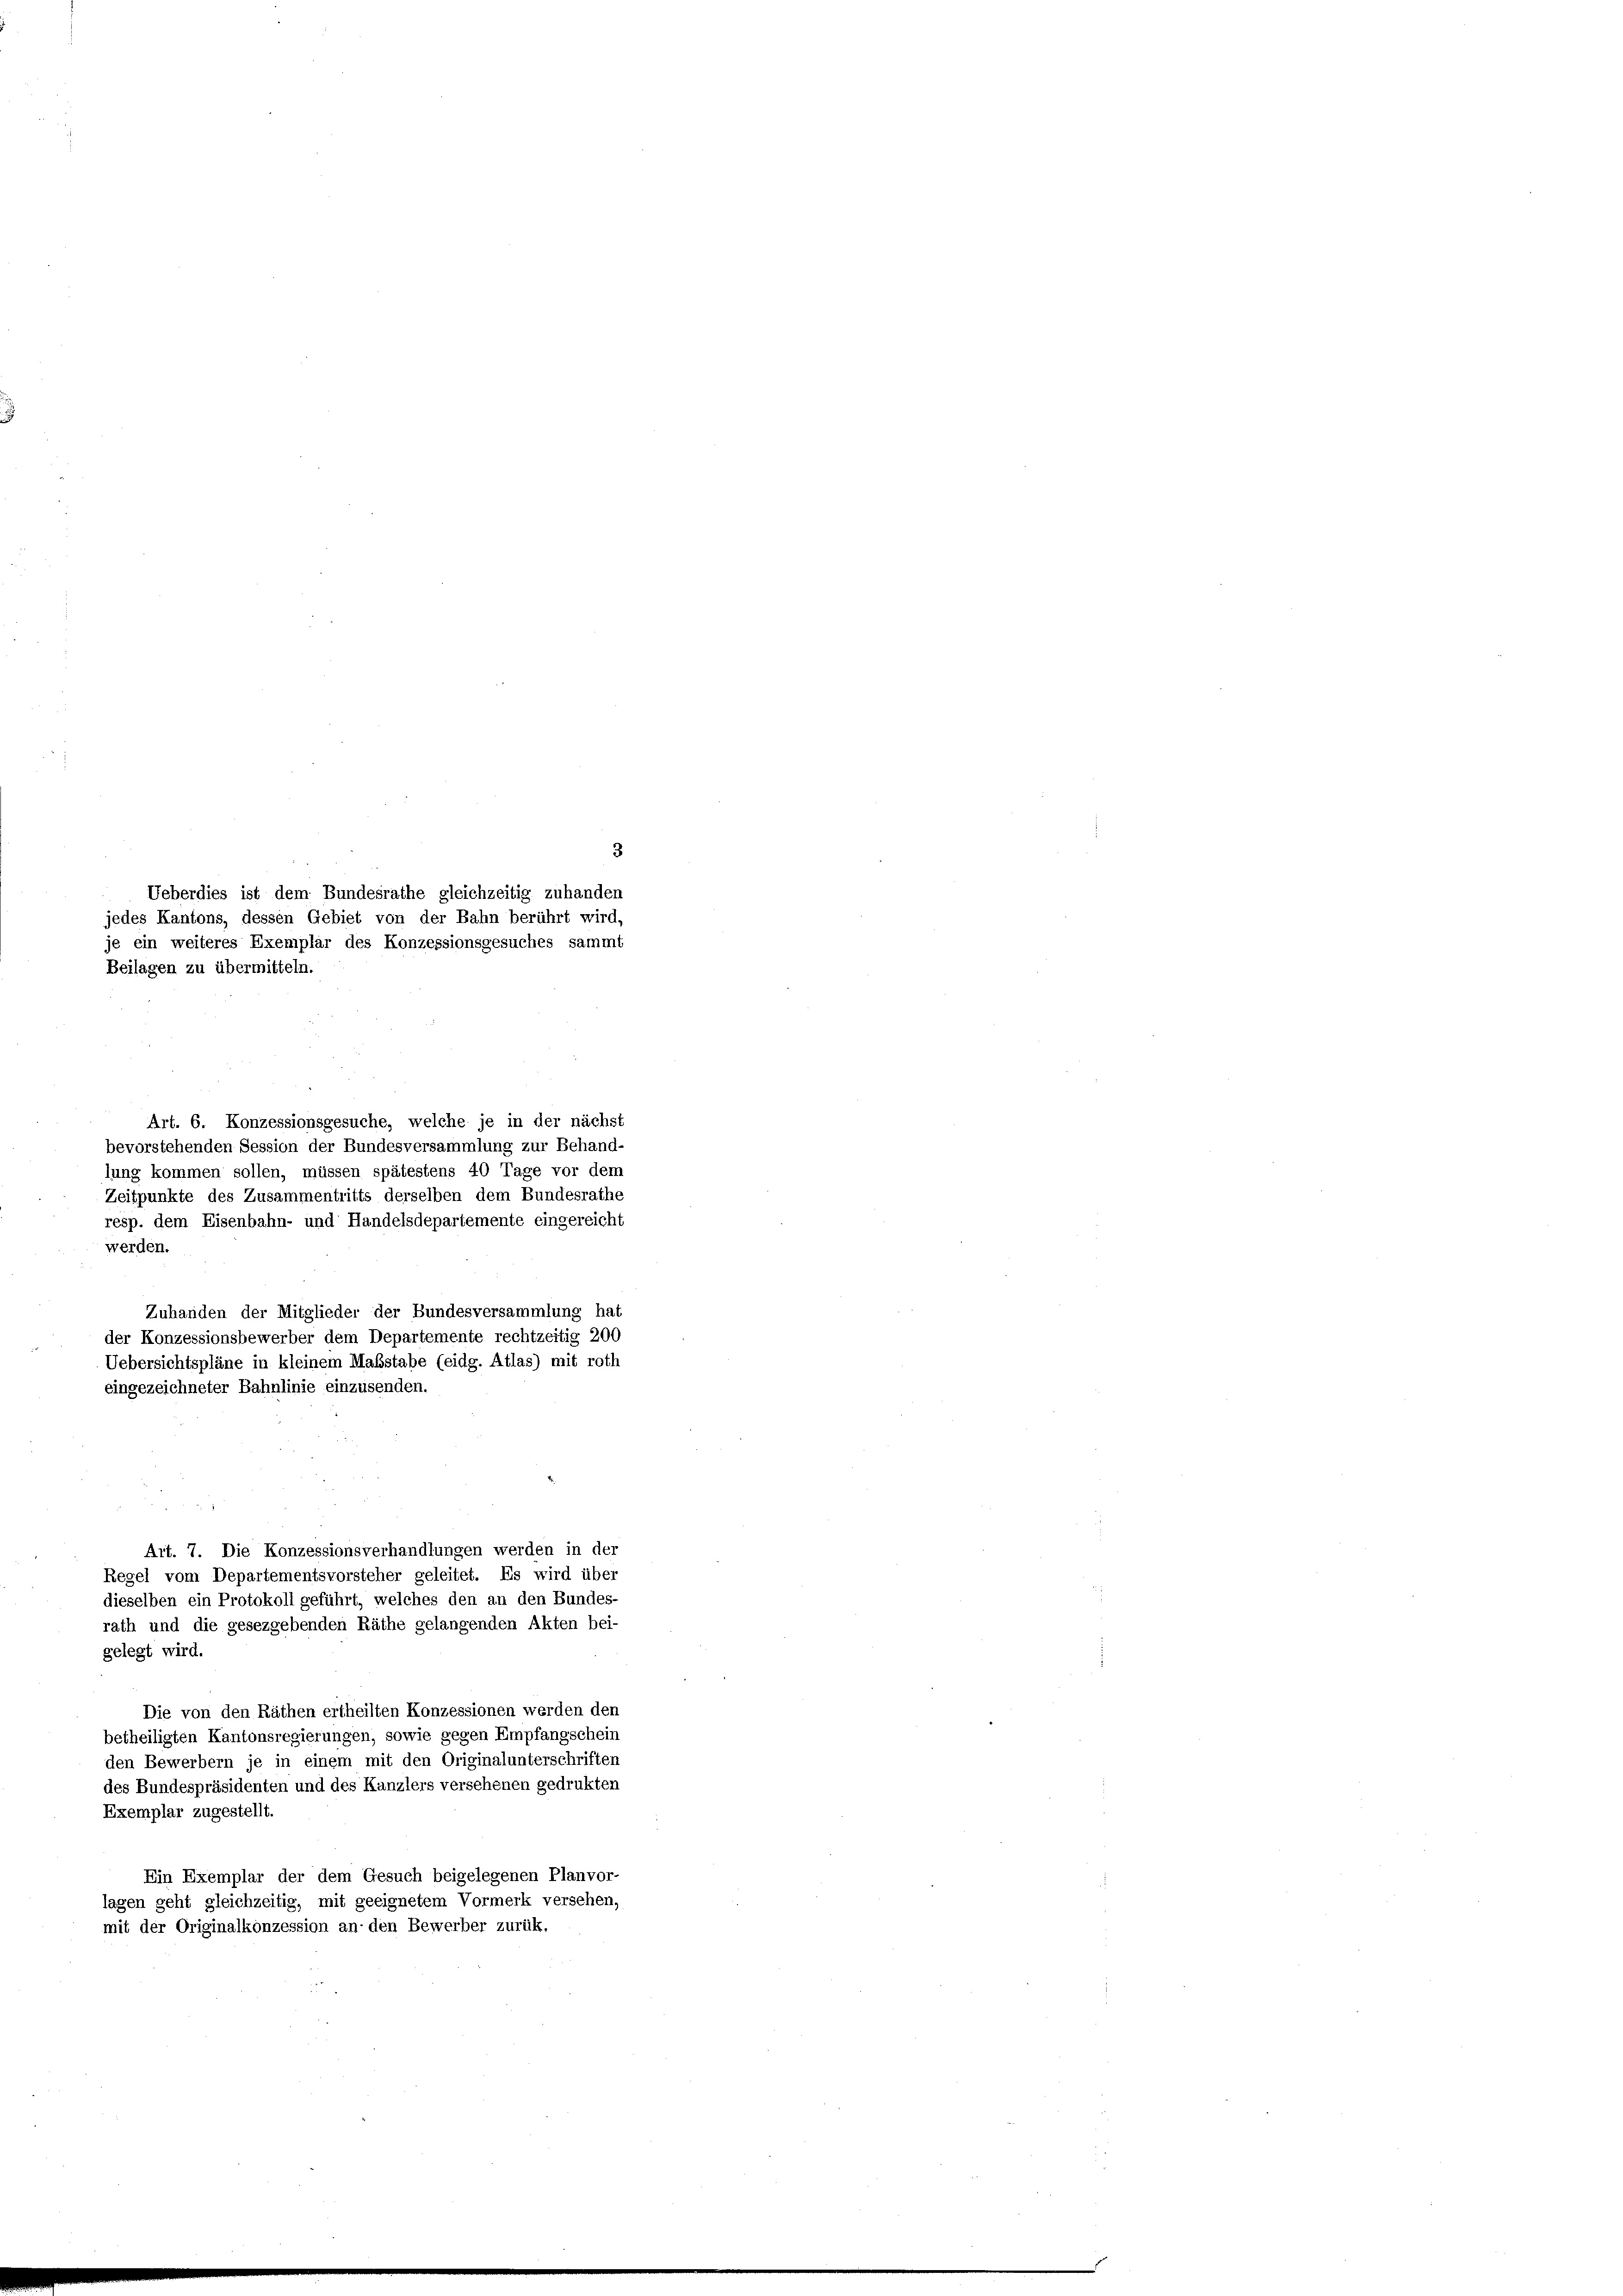
3
je ein weiteres Exemplar des Konzessionsgesuches sammt
Beilagen zu übermitteln.

Ueberdies ist dem Bundesrathe gleichzeitig zuhanden
jedes Kantons, dessen Gebiet von der Bahn berührt wird,

Art. 6. Konzessionsgesuche, welche je in der nächst
bevorstehenden Session der Bundesversammlung zur Behand-
lung kommen sollen, müssen spätestens 40 Tage vor dem
Zeitpunkte des Zusammentritts derselben dem Bundesrathe
resp. dem Eisenbahn- und Handelsdepartemente eingereicht
werden.
Zuhanden der Mitglieder der Bundesversammlung hat
der Konzessionsbewerber dem Departemente rechtzeitig 200
Uebersichtspläne in kleinem Maßstabe (eidg. Atlas) mit roth
eingezeichneter Bahnlinie einzusenden.
Art. 7. Die Konzessionsverhandlungen werden in der
Regel vom Departementsvorsteher geleitet. Es wird über
dieselben ein Protokoll geführt, welches den an den Bundes-
rath und die gesezgebenden Räthe gelangenden Akten bei-
gelegt wird.
Die von den Räthen ertheilten Konzessionen werden den
betheiligten Kantonsregierungen, sowie gegen Empfangschein
den Bewerbern je in einem mit den Originalunterschriften
des Bundespräsidenten und des Kanzlers versehenen gedrukten
Exemplar zugestellt.
Ein Exemplar der dem Gesuch beigelegenen Planvor-
lagen geht gleichzeitig, mit geeignetem Vormerk versehen,
mit der Originalkonzession an den Bewerber zurük.